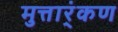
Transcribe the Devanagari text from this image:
मुत्तार्ंकण